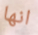
انها